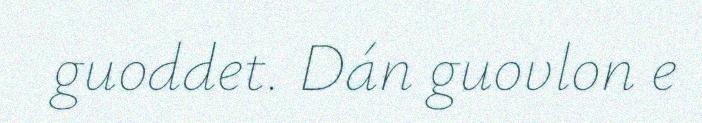
guoddet. Dán guovlon e